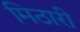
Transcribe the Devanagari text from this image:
मिठारी